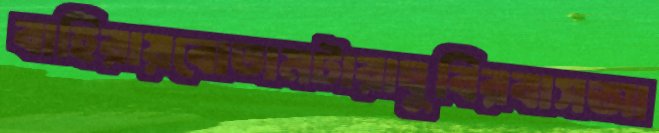
বাহিরায়বোতামটারাঘুবিরবাসআ